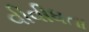
વીવીધતા